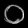
Digit: ၀